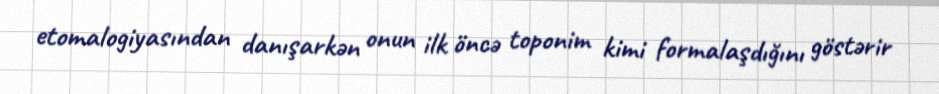
etomalogiyasından danışarkən onun ilk öncə toponim kimi formalaşdığını göstərir